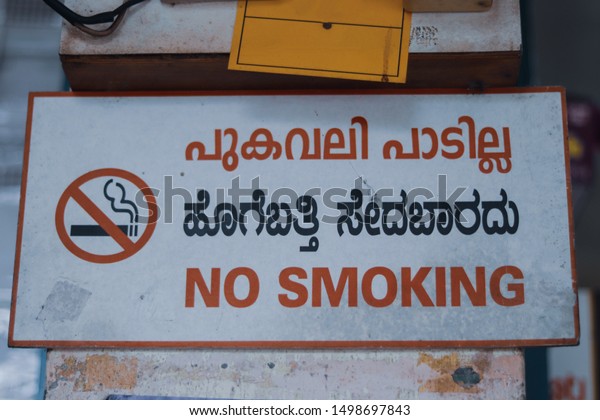
Language: kannada
Transcription: ಹೊಗೆಬತ್ತಿ ಸೇದಬಾರದು